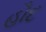
હૌદ